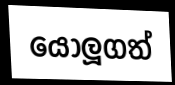
යොලූගත්